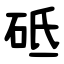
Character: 砥